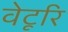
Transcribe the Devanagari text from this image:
वेटूरि